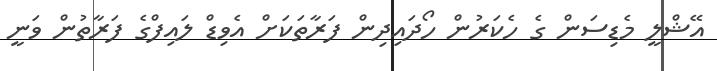
އޭޝްލީ މެޑިސަން ގެ ހެކަރުން ހޯދައިދިން ފަރާތަކަށް އެވިޑް ލައިފްގެ ފަރާތުން ވަނީ